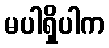
မပါရှိပါက